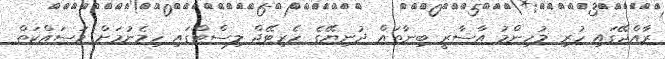
ރާއްޖޭގައި ހުރި މުހިންމު އާސާރީ ބިނާތައް ދުނިޔޭގެ ހެރިޓޭޖް ލިސްޓްގައި ހިމެނުމަށް މަސައްކަތް